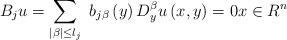
LaTeX: \begin{align*}B_{j}u=\sum\limits_{\left\vert \beta \right\vert \leq l_{j}}\ b_{j\beta}\left( y\right) D_{y}^{\beta }u\left( x,y\right) =0x\in R^{n} \end{align*}